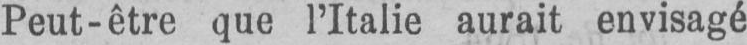
Peut-être que l’Italie aurait envisagé